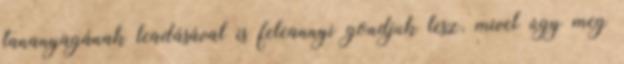
tananyagának leadásával is feleannyi gondjuk lesz, mivel úgy meg